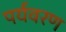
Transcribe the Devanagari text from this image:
पर्यवरण